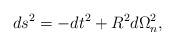
LaTeX: \begin{align*}ds^2 = -dt^2 +R^2d\Omega_n^2,\end{align*}